Civil Veterinary Dept. North-West Frontier Province 1923-32 - 1923-1932
Year: 1923
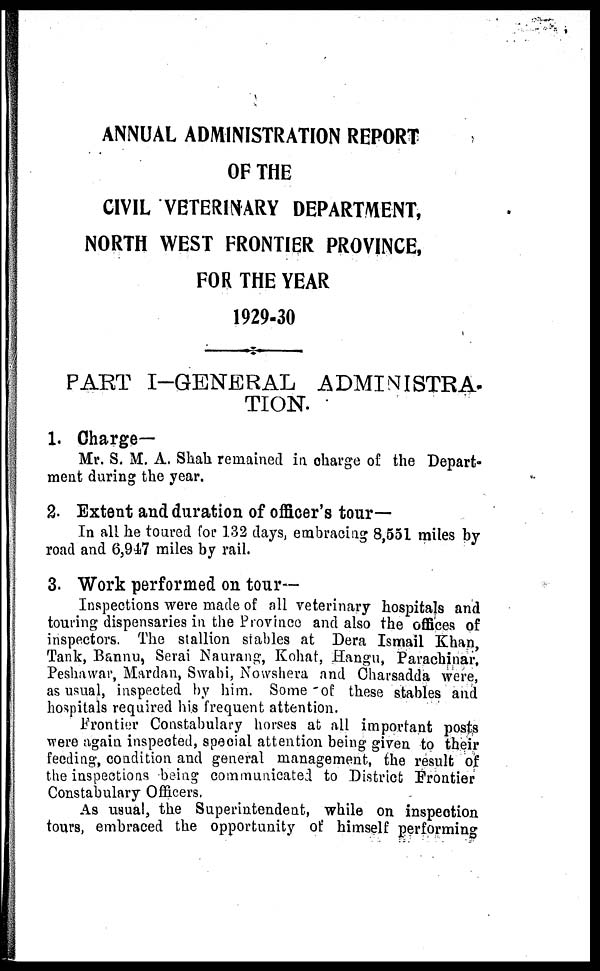
ANNUAL ADMINISTRATION REPORT
OF THE
CIVIL VETERINARY DEPARTMENT,
NORTH WEST FRONTIER PROVINCE,
FOR THE YEAR
1929-30
PART I-GENERAL ADMINISTRA-
TION.
1. Charge—
Mr. S. M. A. Shah remained in charge of the Depart-
ment during the year.
2. Extent and duration of officer's tour-
In all he toured for 132 days, embracing 8,551 miles by
road and 6,947 miles by rail.
3. Work performed on tour-
Inspections were made of all veterinary hospitals and
touring dispensaries in the Province and also the offices of
inspectors. The stallion stables at Dera Ismail Khan,
Tank, Bannu, Serai Naurang, Kohat, Hangu, Parachinar,
Peshawar, Mardan, Swabi, Nowshera and Charsadda were,
as usual, inspected by him. Some of these stables and
hospitals required his frequent attention.
Frontier Constabulary horses at all important posts
were again inspected, special attention being given to their
feeding, condition and general management, the result of
the inspections being communicated to District Frontier
Constabulary Officers.
As usual, the Superintendent, while on inspection
tours, embraced the opportunity of himself performing